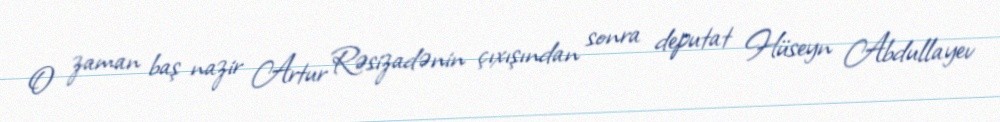
O zaman baş nazir Artur Rəsizadənin çıxışından sonra deputat Hüseyn Abdullayev